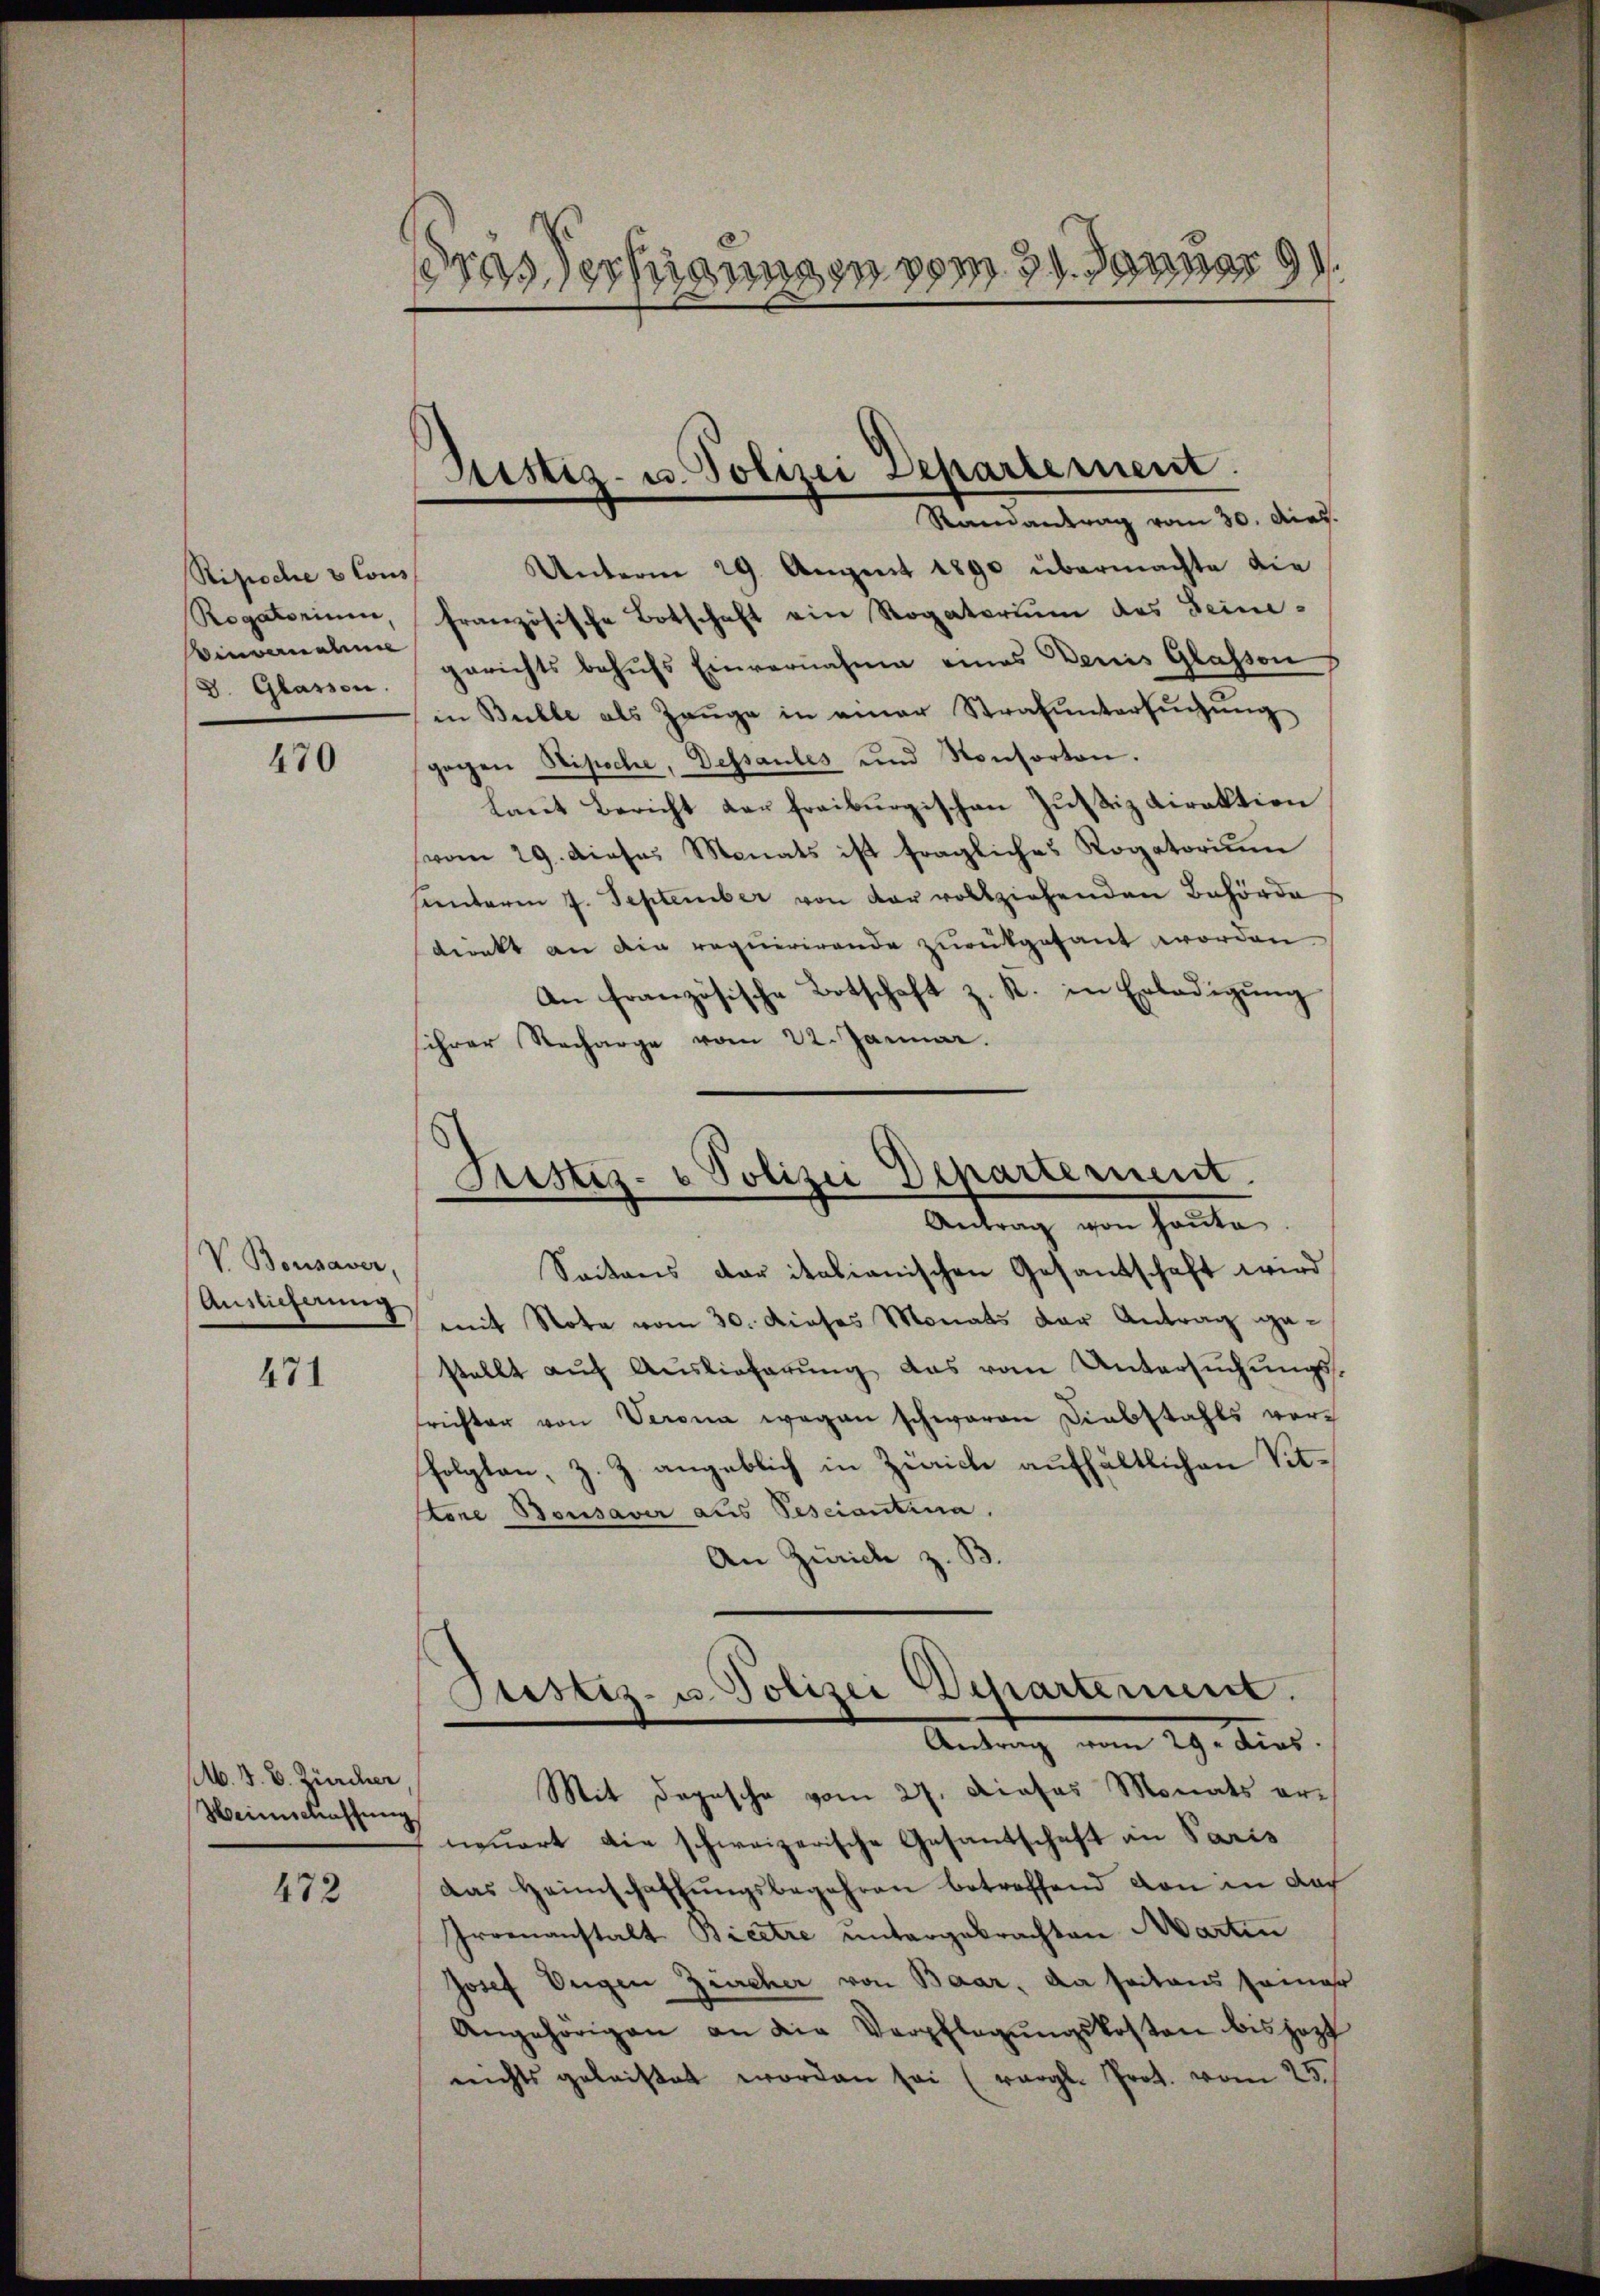
Ripoche 2 Cons
Rogatorium
invernahme
. Glassen.

470

V. Bossaver,
Auslieferung

471

M. J. B. Zürcher
Heimschaffung

472

ras dermangen vom 31. Januar 99.

Sistiz- u. Polizei Departement.
Ramantrag vom 30. dies

Unterm 29. August 1890 übermachte die
französische Botschaft ein Rogatarium des Beinegerichts behŭfs Einvernahme eines Denis Glassen
in Bulle als Zeŭge in einer Strafuntersŭchŭng
gegen Stipoche, Dessantes und Konsorten.
laut Bericht der freiburgischen Zustiz Direktion
vom 29. dieses Monats ist fragliches Rogatorium
unteren 7. September von der vollziehenden Behörde
direkt an die requirirende zurükgesant worden
An französische Botschaft z. R. in Erledigŭng
ihrer Stecharge vom 22. Januar.
Seitens der italianischen Gesantschaft wird
mit Note vom 30. dieses Monats der Antrag gestellt auf Auslieferung das vom Untersuchungsfrichter von Verona wegen schwaren Diebstahls verfolgten, z. Z. angeblich in Zürich aufhältlichen Vittone Bousaver aus Pesciantina.
An Zürich z. B.
Justiz- u. Polizei Departement.
Antrag vom 29. dies
Mit Depesche vom 27. Dieses Monats erneuert die schweizerische Gesantschaft in Paris
Das Heimschaffungsbegehren betreffend von in doch
Irrenanstalt Bicetze untergebrachten Martin
Josef Eugen Zürcher von Baar, da seitens seiner
Angehörigen an die Verpflegŭngskosten bis jezt
nichts geleistet worden sei (vergl. Prot. vom 25.

Justiz- & Polizei Departement.
Antrag von heute.